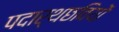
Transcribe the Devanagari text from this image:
पदार्थछवियों